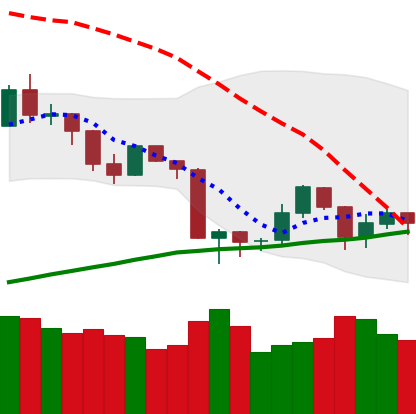
Ticker: ETH-USD
Chart end date: 2019-08-24
Forward return: -11.382%
Label: down_7plus